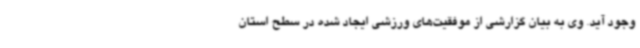
وجود آید. وی به بیان گزارشی از موفقیت‌های ورزشی ایجاد شده در سطح استان